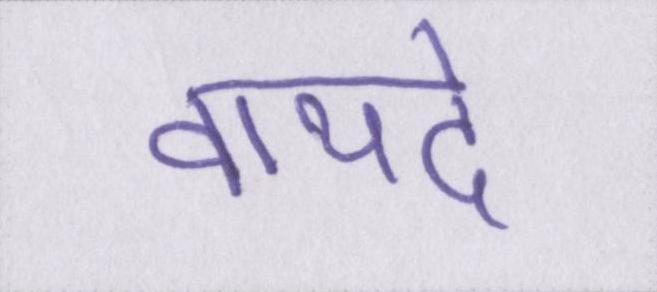
वायदे